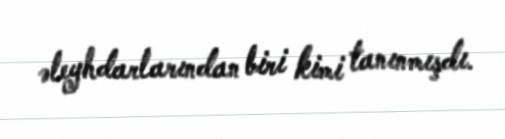
əleyhdarlarından biri kimi tanınmışdı.